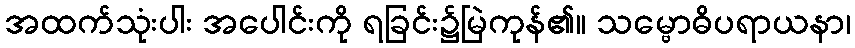
အထက်သုံးပါး အပေါင်းကို ရခြင်း၌မြဲကုန်၏။ သမ္ဗောဓိပရာယနာ၊